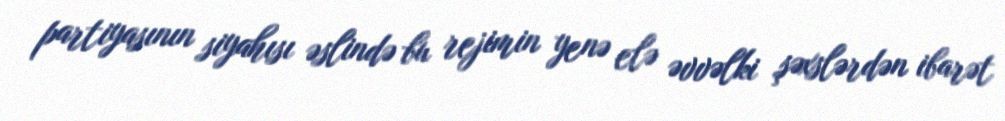
partiyasının siyahısı əslində bu rejimin yenə elə əvvəlki şəxslərdən ibarət